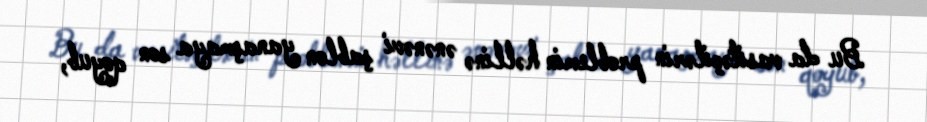
Bu da vasitəçilərin problemin həllinə ənənəvi şablon yanaşmaya son qoyub,